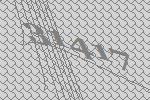
31417